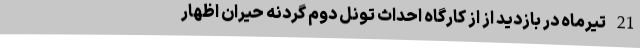
21 تیرماه در بازدید از از کارگاه احداث تونل دوم گردنه حیران اظهار